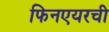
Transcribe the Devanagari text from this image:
फिनएयरची